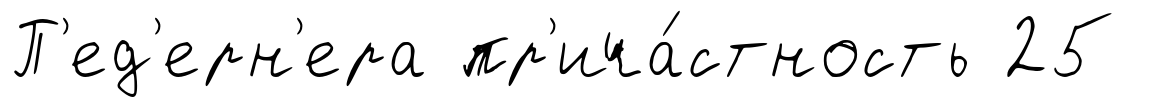
П'ед'ерн'ера пр'ича́стность 25